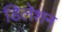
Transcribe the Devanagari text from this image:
डिलेशन